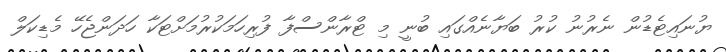
ޔުނައިޓެޑުން ނެރުނު ކުރު ބަޔާނެއްގައި ބުނީ މި ޓްރާންސްފާ ފުރިހަމަކުރުމަށްޓަކާ ހަދަންޖެހޭ މެޑިކަލް